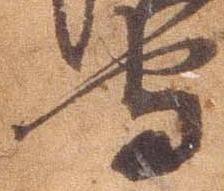
守